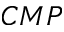
C M P